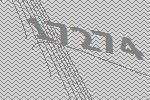
17274